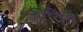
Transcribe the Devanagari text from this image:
आदिमें